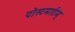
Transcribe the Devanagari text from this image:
पोस्टमार्टम्‌